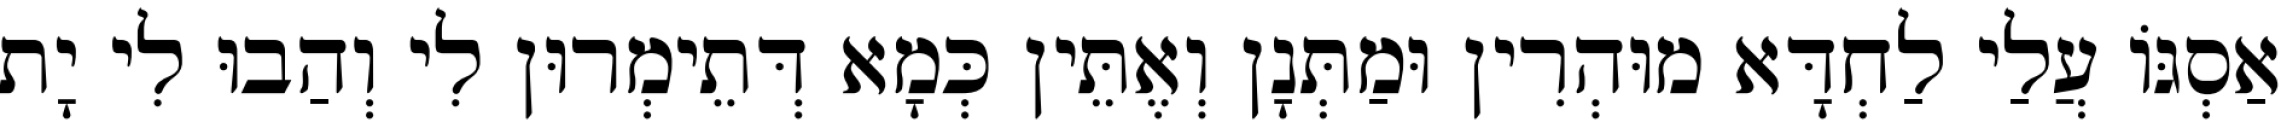
אַסְגּוֹ עֲלַי לַחְדָּא מוּהְרִין וּמַתְּנָן וְאֶתֵּין כְּמָא דְּתֵימְרוּן לִי וְהַבוּ לִי יָת